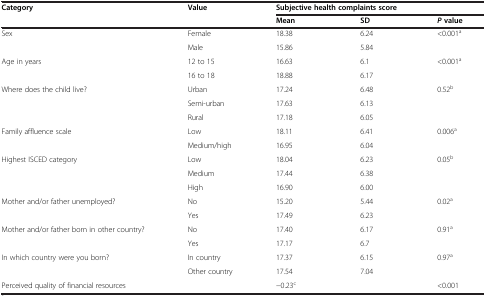
| <ROWSPAN=2> Category | <ROWSPAN=2> Value | <COLSPAN=3> Subjective health complaints score |
 | Mean | SD | Pvalue |
 | --- | --- | --- | --- | --- |
 | <ROWSPAN=2> Sex | Female | 18.38 | 6.24 | <0.001a |
 | Male | 15.86 | 5.84 |  |
 | <ROWSPAN=2> Age in years | 12 to 15 | 16.63 | 6.1 | <0.001a |
 | 16 to 18 | 18.88 | 6.17 |  |
 | <ROWSPAN=3> Where does the child live? | Urban | 17.24 | 6.48 | 0.52b |
 | Semi-urban | 17.63 | 6.13 |  |
 | Rural | 17.18 | 6.05 |  |
 | <ROWSPAN=2> Family affluence scale | Low | 18.11 | 6.41 | 0.006a |
 | Medium/high | 16.95 | 6.04 |  |
 | <ROWSPAN=3> Highest ISCED category | Low | 18.04 | 6.23 | 0.05b |
 | Medium | 17.44 | 6.38 |  |
 | High | 16.90 | 6.00 |  |
 | <ROWSPAN=2> Mother and/or father unemployed? | No | 15.20 | 5.44 | 0.02a |
 | Yes | 17.49 | 6.23 |  |
 | <ROWSPAN=2> Mother and/or father born in other country? | No | 17.40 | 6.17 | 0.91a |
 | Yes | 17.17 | 6.7 |  |
 | <ROWSPAN=2> In which country were you born? | In country | 17.37 | 6.15 | 0.97a |
 | Other country | 17.54 | 7.04 |  |
 | Perceived quality of financial resources |  | −0.23c |  | <0.001 |